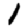
Digit: 1